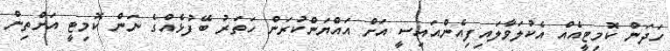
ހަދަން ކޮމިޓީއެއް އެކުލަވާލައިފިއެންއައިސީ އަށް އައްޔަންކުރަން ހަތަރު ބޭފުޅެއްގެ ނަން ކޮމިޓީ އަށްތިން